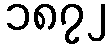
၁၈၇၂